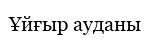
Ұйғыр ауданы